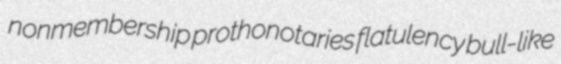
nonmembership prothonotaries flatulency bull-like